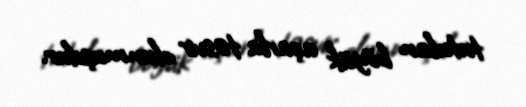
tutulan böyük açarla təsvir olunmuşdur.